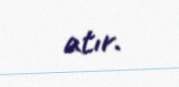
atır.